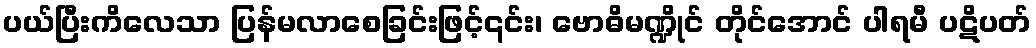
ပယ်ပြီးကိလေသာ ပြန်မလာစေခြင်းဖြင့်၎င်း၊ ဗောဓိမဏ္ဍိုင် တိုင်အောင် ပါရမီ ပဋိပတ်